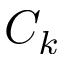
C _ { k }